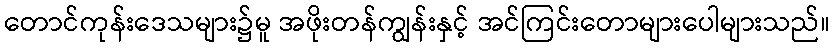
တောင်ကုန်းဒေသများ၌မူ အဖိုးတန်ကျွန်းနှင့် အင်ကြင်းတောများပေါများသည်။